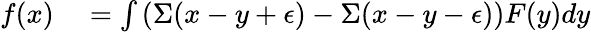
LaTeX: \begin{array}{rl}{f(x)}&{{}=\int\left(\Sigma(x-y+\epsilon)-\Sigma(x-y-\epsilon)\right)F(y)dy}\end{array}